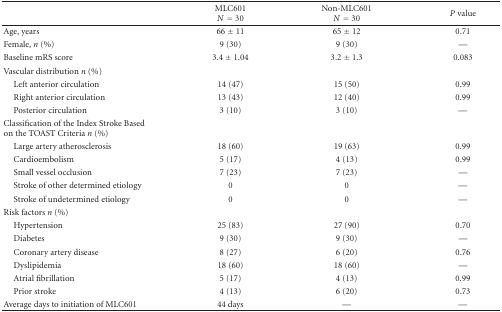
|  | MLC601N = 30 | Non-MLC601N = 30 | P value |
 | --- | --- | --- | --- |
 | Age, years | 66 ± 11 | 65 ± 12 | 0.71 |
 | Female, n (%) | 9 (30) | 9 (30) | — |
 | Baseline mRS score | 3.4 ± 1.04 | 3.2 ± 1.3 | 0.083 |
 | Vascular distribution n (%) |  |  |  |
 | Left anterior circulation | 14 (47) | 15 (50) | 0.99 |
 | Right anterior circulation | 13 (43) | 12 (40) | 0.99 |
 | Posterior circulation | 3 (10) | 3 (10) | — |
 | Classification of the Index Stroke Based on the TOAST Criteria n (%) |  |  |  |
 | Large artery atherosclerosis | 18 (60) | 19 (63) | 0.99 |
 | Cardioembolism | 5 (17) | 4 (13) | 0.99 |
 | Small vessel occlusion | 7 (23) | 7 (23) | — |
 | Stroke of other determined etiology | 0 | 0 | — |
 | Stroke of undetermined etiology | 0 | 0 | — |
 | Risk factors n (%) |  |  |  |
 | Hypertension | 25 (83) | 27 (90) | 0.70 |
 | Diabetes | 9 (30) | 9 (30) | — |
 | Coronary artery disease | 8 (27) | 6 (20) | 0.76 |
 | Dyslipidemia | 18 (60) | 18 (60) | — |
 | Atrial fibrillation | 5 (17) | 4 (13) | 0.99 |
 | Prior stroke | 4 (13) | 6 (20) | 0.73 |
 | Average days to initiation of MLC601 | 44 days | — | — |